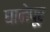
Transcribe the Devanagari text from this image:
घानेपूर